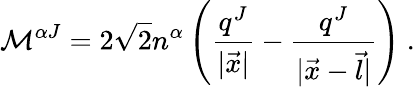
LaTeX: {\cal M}^{\alpha J}=2\sqrt 2n^{\alpha}\left(\frac{q^{J}}{|\vec{x}|}-\frac{q^{J}}{|\vec{x}-\vec{l}|}\right)\ .